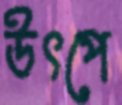
উৎপে